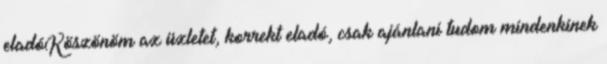
eladóKöszönöm az üzletet, korrekt eladó, csak ajánlani tudom mindenkinek